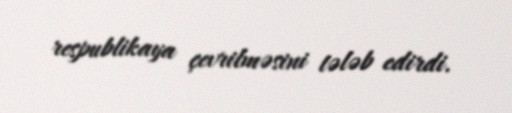
respublikaya çevrilməsini tələb edirdi.